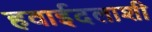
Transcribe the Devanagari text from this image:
हवाईदलाशी